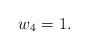
LaTeX: \begin{align*} w_4=1.\end{align*}